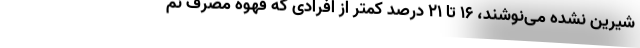
شیرین نشده می‌نوشند، ۱۶ تا ۲۱ درصد کمتر از افرادی که قهوه مصرف نم